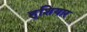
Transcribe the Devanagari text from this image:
हुशियार